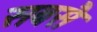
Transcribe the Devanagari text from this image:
सबसै